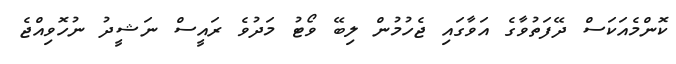
ކޮންމެއަކަސް ދޭފަތުވާގެ އަވާގައި ޖެހުމުން ލިބޭ ވޯޓު މަދުވެ ރައީސް ނަޝީދު ނުހޮވިއްޖެ